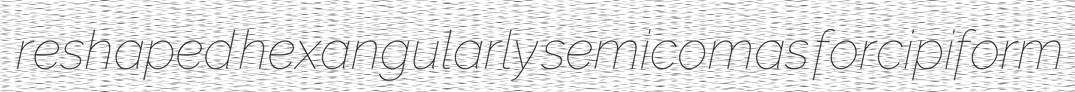
reshaped hexangularly semicomas forcipiform